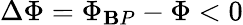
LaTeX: \Delta\Phi=\Phi_{\mathbf{B}P}-\Phi<0